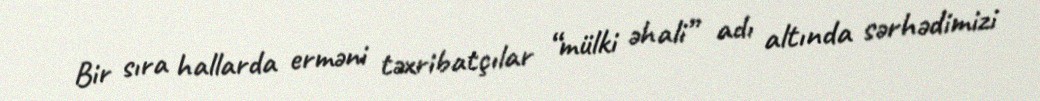
Bir sıra hallarda erməni təxribatçılar “mülki əhali” adı altında sərhədimizi